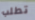
تطلب